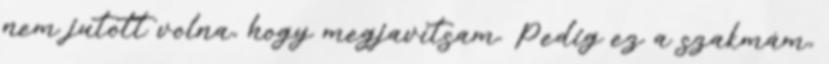
nem jutott volna, hogy megjavítsam. Pedig ez a szakmám,